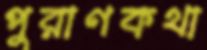
পুরাণকথা